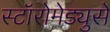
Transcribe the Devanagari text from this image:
स्टॉरोमेड्युसे